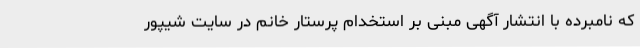
که نامبرده با انتشار آگهی مبنی بر استخدام پرستار خانم در سایت شیپور